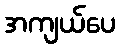
အကျယ်ပေ